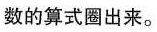
数的算式圈出来。